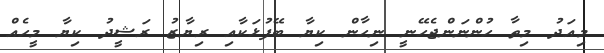
މިއަދު މިތާ ހުންނަންޖެހޭނީ ނިހާން ކިޔާ ބޭފުޅަކާއި ރިޔާޒު ރަޝީދު ކިޔާ މީހެއް